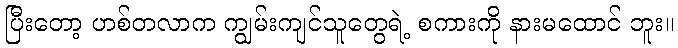
ပြီးတော့ ဟစ်တလာက ကျွမ်းကျင်သူတွေရဲ့ စကားကို နားမထောင် ဘူး။